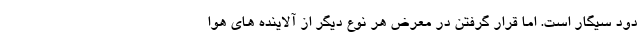
دود سیگار است. اما قرار گرفتن در معرض هر نوع دیگر از آلاینده های هوا